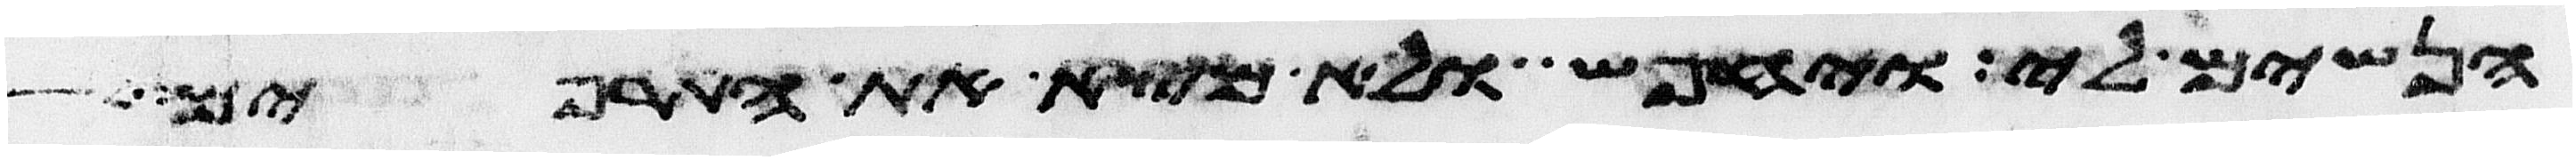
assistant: הנשים לי ויחפש ולא מצא את התרפים